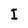
Character: I